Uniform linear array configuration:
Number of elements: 16
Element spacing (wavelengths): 1
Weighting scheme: uniform
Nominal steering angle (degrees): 15
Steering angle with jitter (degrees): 15.982
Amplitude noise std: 0.05
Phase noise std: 0.05

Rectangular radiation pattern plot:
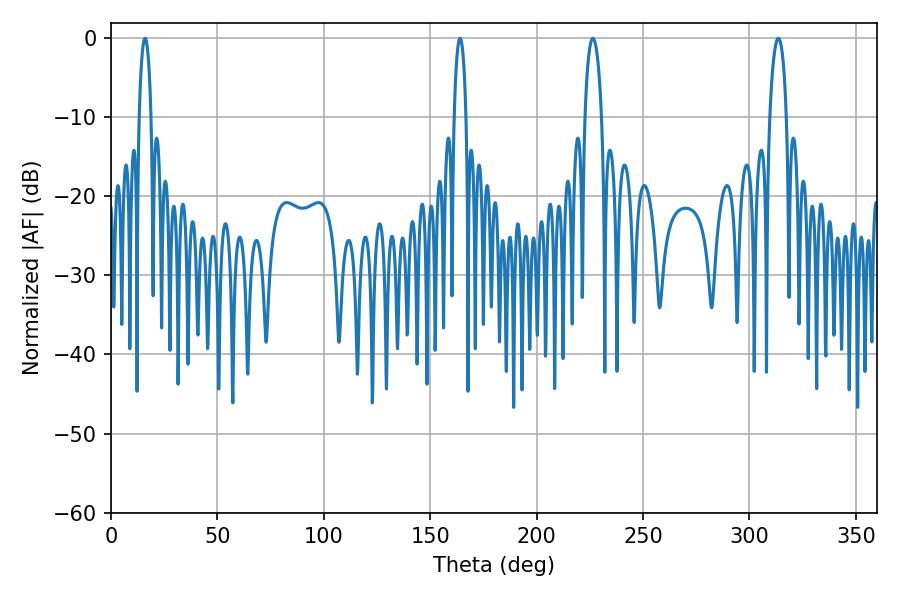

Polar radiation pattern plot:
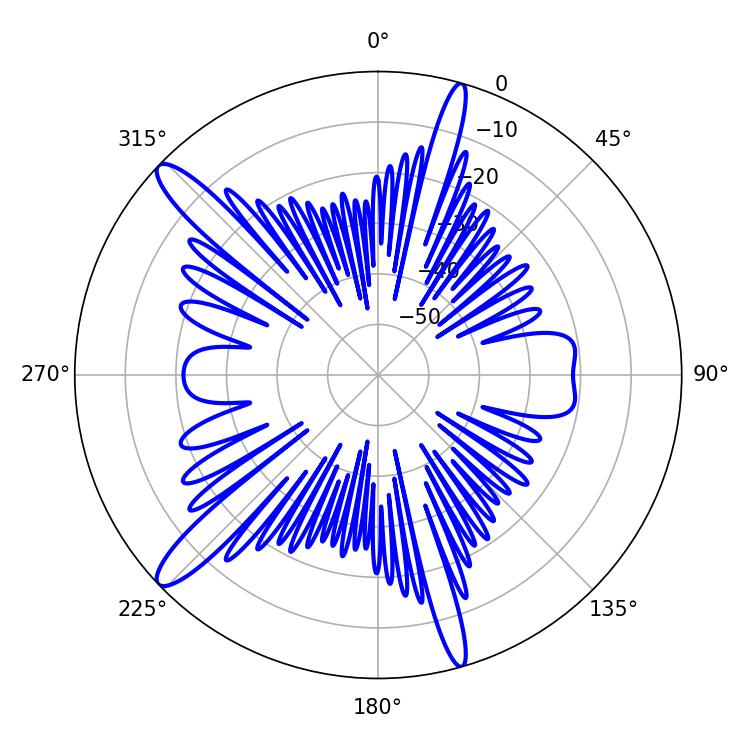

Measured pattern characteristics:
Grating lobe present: TRUE
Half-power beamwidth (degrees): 4.5
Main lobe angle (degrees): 226.44